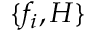
\{ f _ { i } , H \}